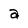
Character: a